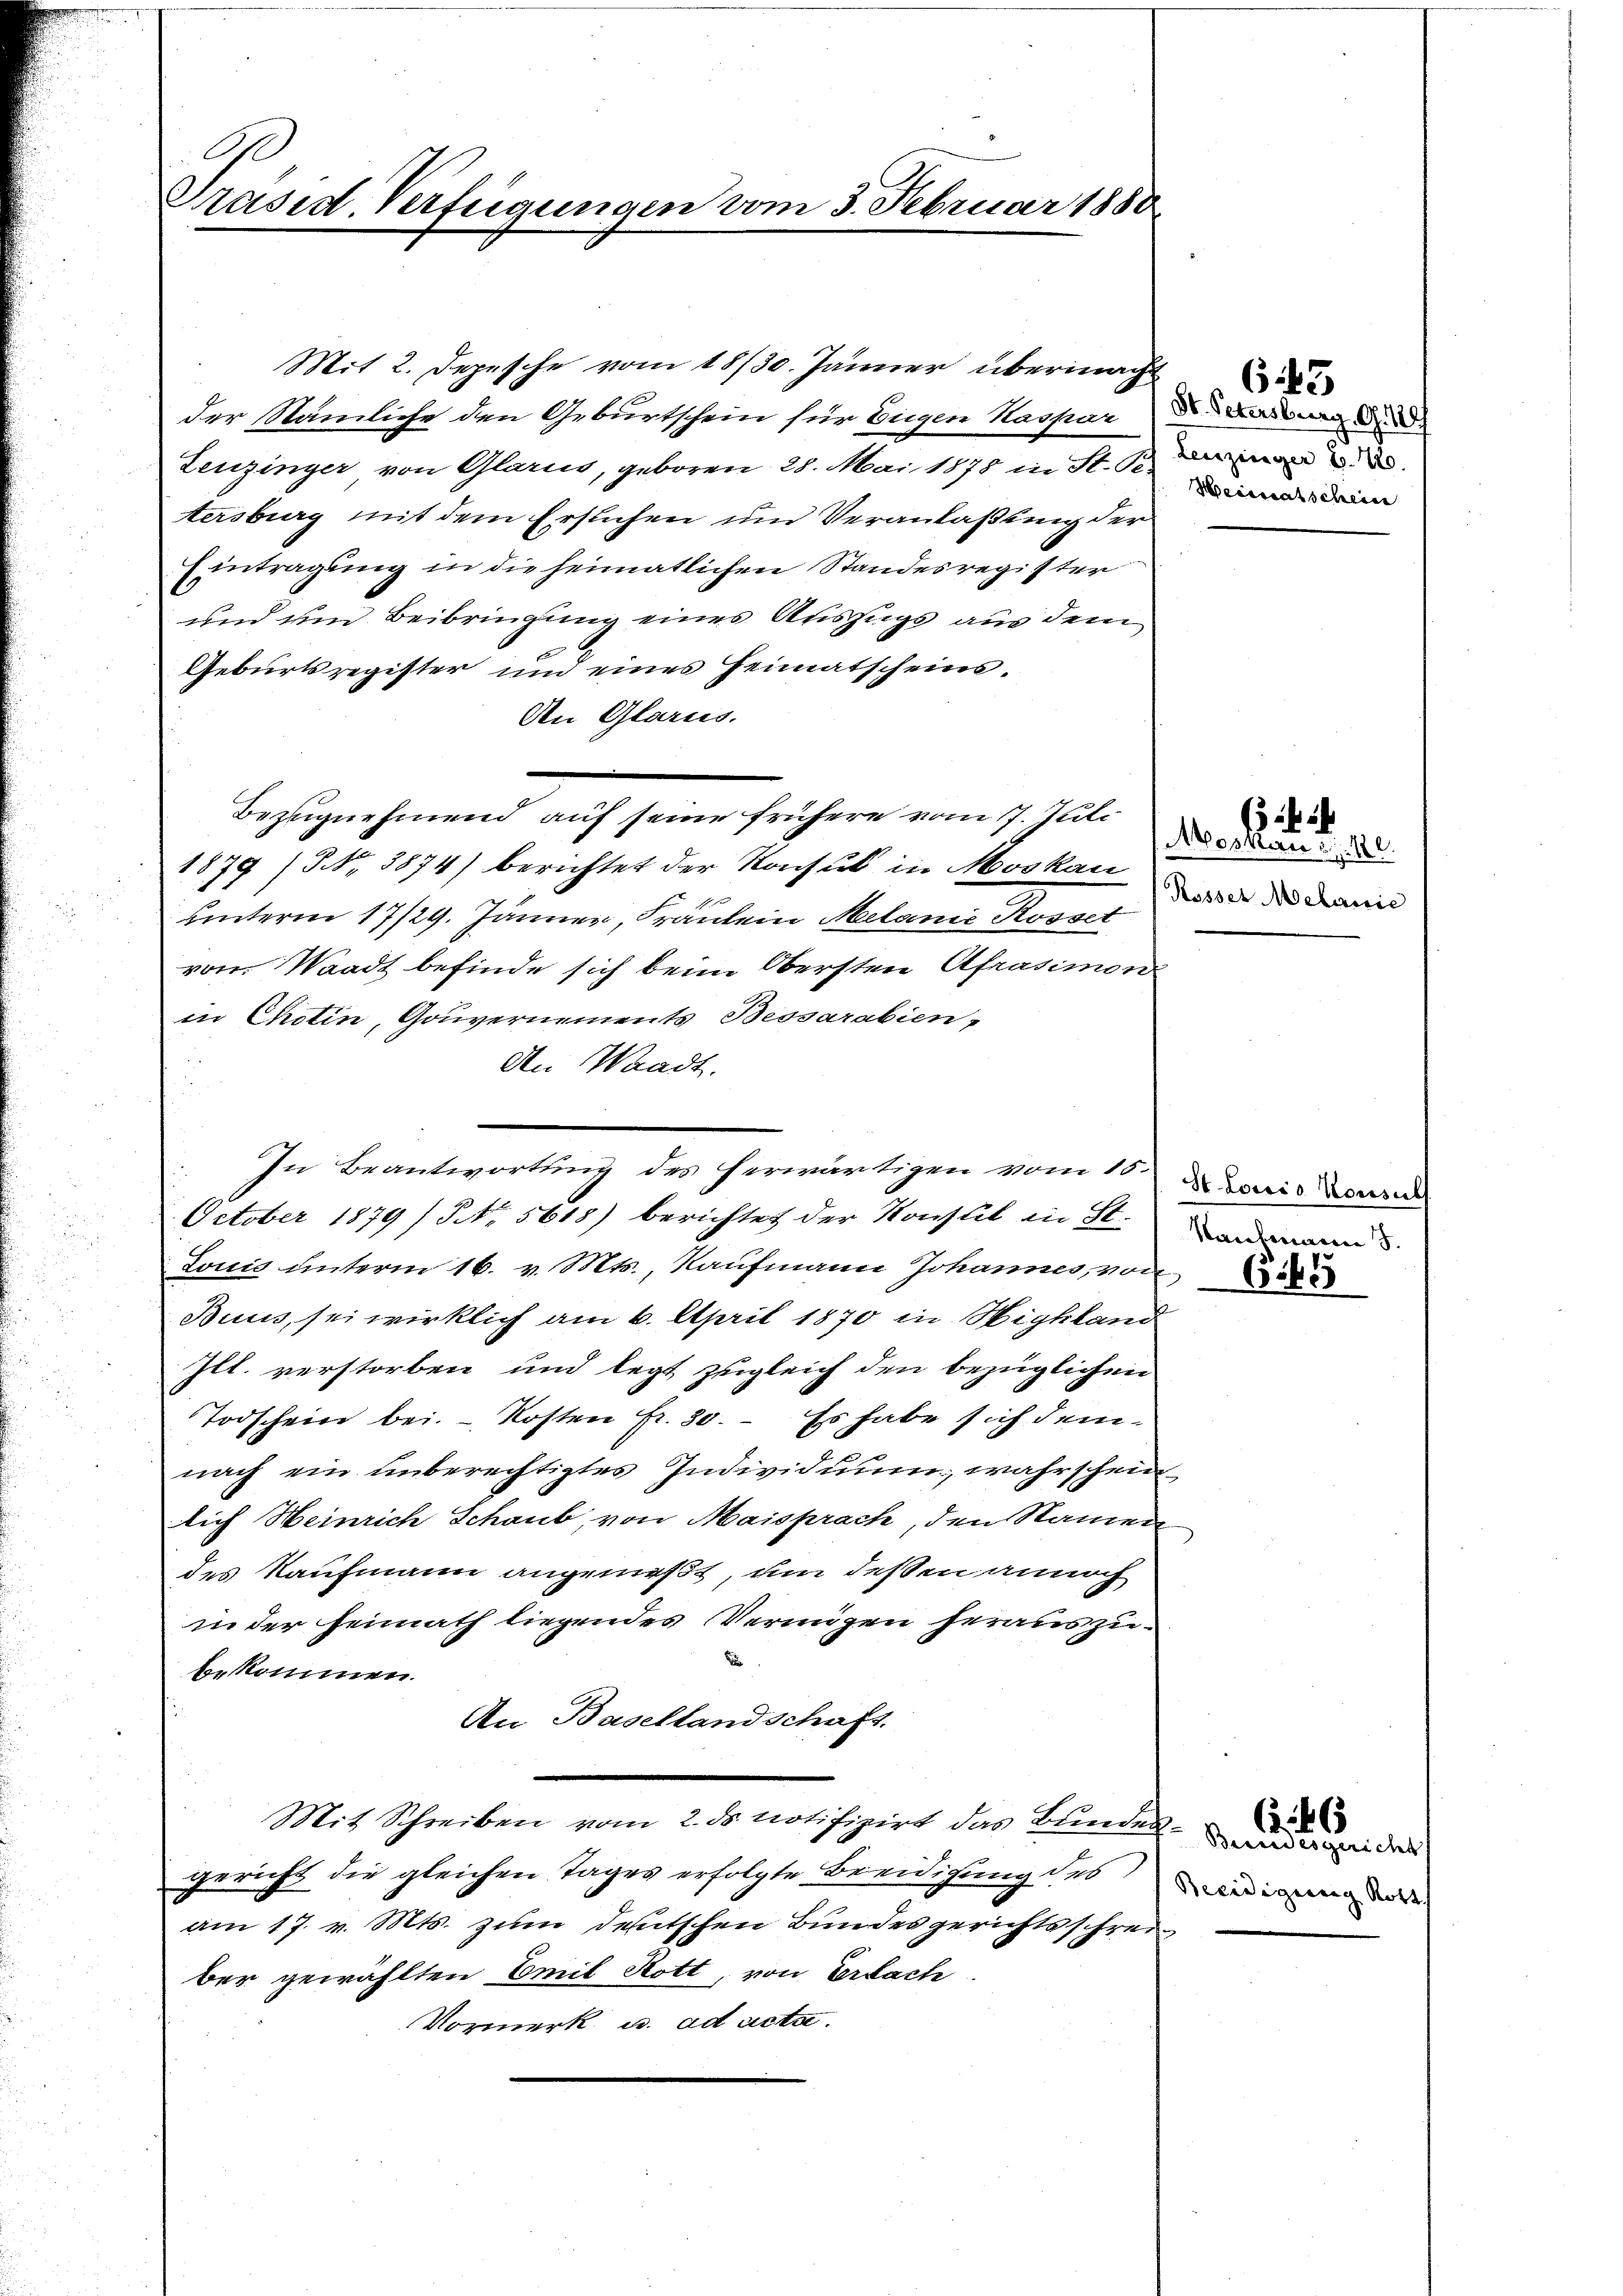
G
Präsid. Verfügungen vom 3. Februar 1880.

Mit 2. Depesche vom 18/30. Jänner übermacht
der Nämliche den Geburtschein für Eigen Kaspar des Werbung d
Leuzinger von Glarus, geboren 28. Mai 1878 in St. Ga
tersberg mit dem Ersuchen und Veranlaßung der
Eintragung in die heimatlichen Standesregister
und um Beibringung eines Auszugs aus dem
u
Geburtsregister und eines Heimatscheins¬
An Glarus.
Bezugnehmend auf seine frühere vom 7. Juli
1879 (NNo. 3874) berichtet der Konsul in Moskau
unterm 17/29. Jänner, Fräulein Melanie Rosset
vom Waadt befinde sich beim Obersten Afrasimon
in Chotin, Gouvernements Bessarabien,
An Waadt.
October 1879) S. 5618) berichtet der Konsul in St.
Jonis unterm 16. v. Mts., Kaufmann Johannes, von
Buuis, sei wirklich am 6. April 1870 in Highland
Ill. verstorben und legt zugleich den bezüglichen
Todschein bei. - Kosten Fr. 30. Es habe sich demnach ein unberechtigtes Individuum, wahrschein
lich Heinrich Schaub, von Maisprach, den Namen
des Kaufmann angenießt, um deßen annoch
inder Heimath liegendes Vermögen herauszud
bekomen.
An Basellandschaft.
Mit Schreiben vom 2. ds notifizirt das Bundesgericht die gleichen Tages erfolgte Beeidigung des Wiedigen die
am 17. v. Mts. zum deutschen Bundesgerichtsschreiber gewählten Emil Rott, von Erbach.
Vormerk u. ad acta

In Beantwortung des herwärtigen vom 1 Loris Corre

Heisstatschein

643

Moskau u. 10.
Kasser Melanie

Nautmann 5.
665

Breradesgericht

46